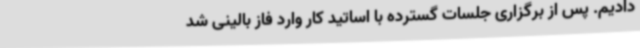
دادیم. پس از برگزاری جلسات گسترده با اساتید کار وارد فاز بالینی شد